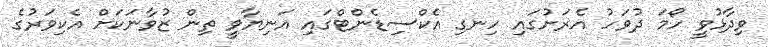
ވިދާޅުވީ ހޯމަ ދުވަހު އެރަށުގައި ހިނގި އެކްސިޑެންޓްގައި އަނިޔާވީ ތިން ޒުވާނަކަށް އެކިވަރުގެ